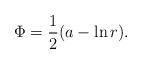
LaTeX: \begin{align*}\Phi = \frac{1}{2}(a-\ln r).\,\end{align*}